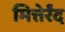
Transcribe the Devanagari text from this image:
मित्तेर्रंद